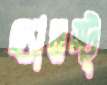
হ্যামস্ট্